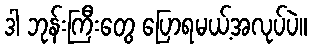
ဒါ ဘုန်းကြီးတွေ ပြောရမယ့်အလုပ်ပဲ။